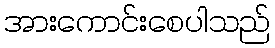
အားကောင်းစေပါသည်